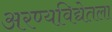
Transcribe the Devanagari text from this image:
अरण्यविद्येतला